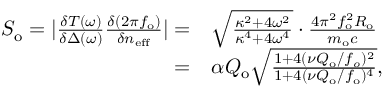
\begin{array} { r l } { S _ { \mathrm { o } } = | \frac { \delta T ( \omega ) } { \delta \Delta ( \omega ) } \frac { \delta ( 2 \pi f _ { \mathrm { o } } ) } { \delta n _ { \mathrm { e f f } } } | = } & { \sqrt { \frac { \kappa ^ { 2 } + 4 \omega ^ { 2 } } { \kappa ^ { 4 } + 4 \omega ^ { 4 } } } \cdot \frac { 4 \pi ^ { 2 } f _ { \mathrm { o } } ^ { 2 } R _ { \mathrm { o } } } { m _ { \mathrm { o } } c } } \\ { = } & { \alpha Q _ { \mathrm { o } } \sqrt { \frac { 1 + 4 ( \nu Q _ { \mathrm { o } } / f _ { o } ) ^ { 2 } } { 1 + 4 ( \nu Q _ { \mathrm { o } } / f _ { \mathrm { o } } ) ^ { 4 } } } , } \end{array}